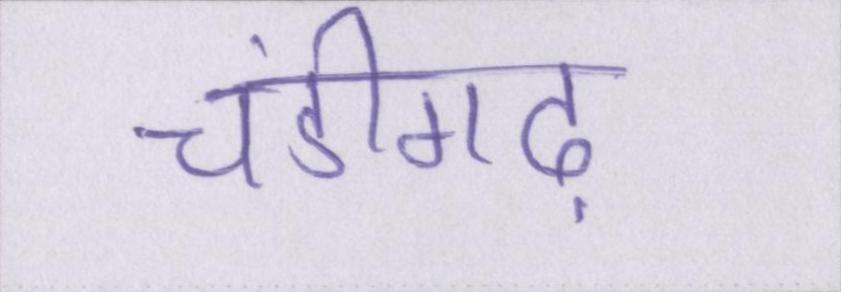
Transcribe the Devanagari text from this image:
चंडीगढ़